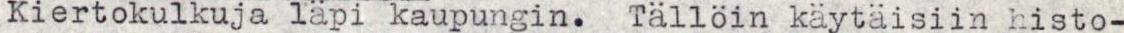
Kiertokulkuja läpi kaupungin. Tälloin käytäisiin histo-